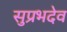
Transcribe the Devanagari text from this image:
सुप्रभदेव